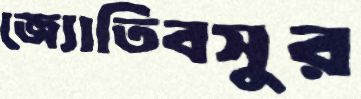
জ্যোতিবসুর